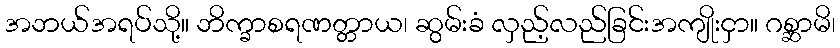
အဘယ်အရပ်သို့။ ဘိက္ခာစရဏတ္တာယ၊ ဆွမ်းခံ လှည့်လည်ခြင်းအကျိုးငှာ။ ဂစ္ဆာမိ၊